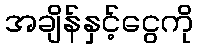
အချိန်နှင့်ငွေကို